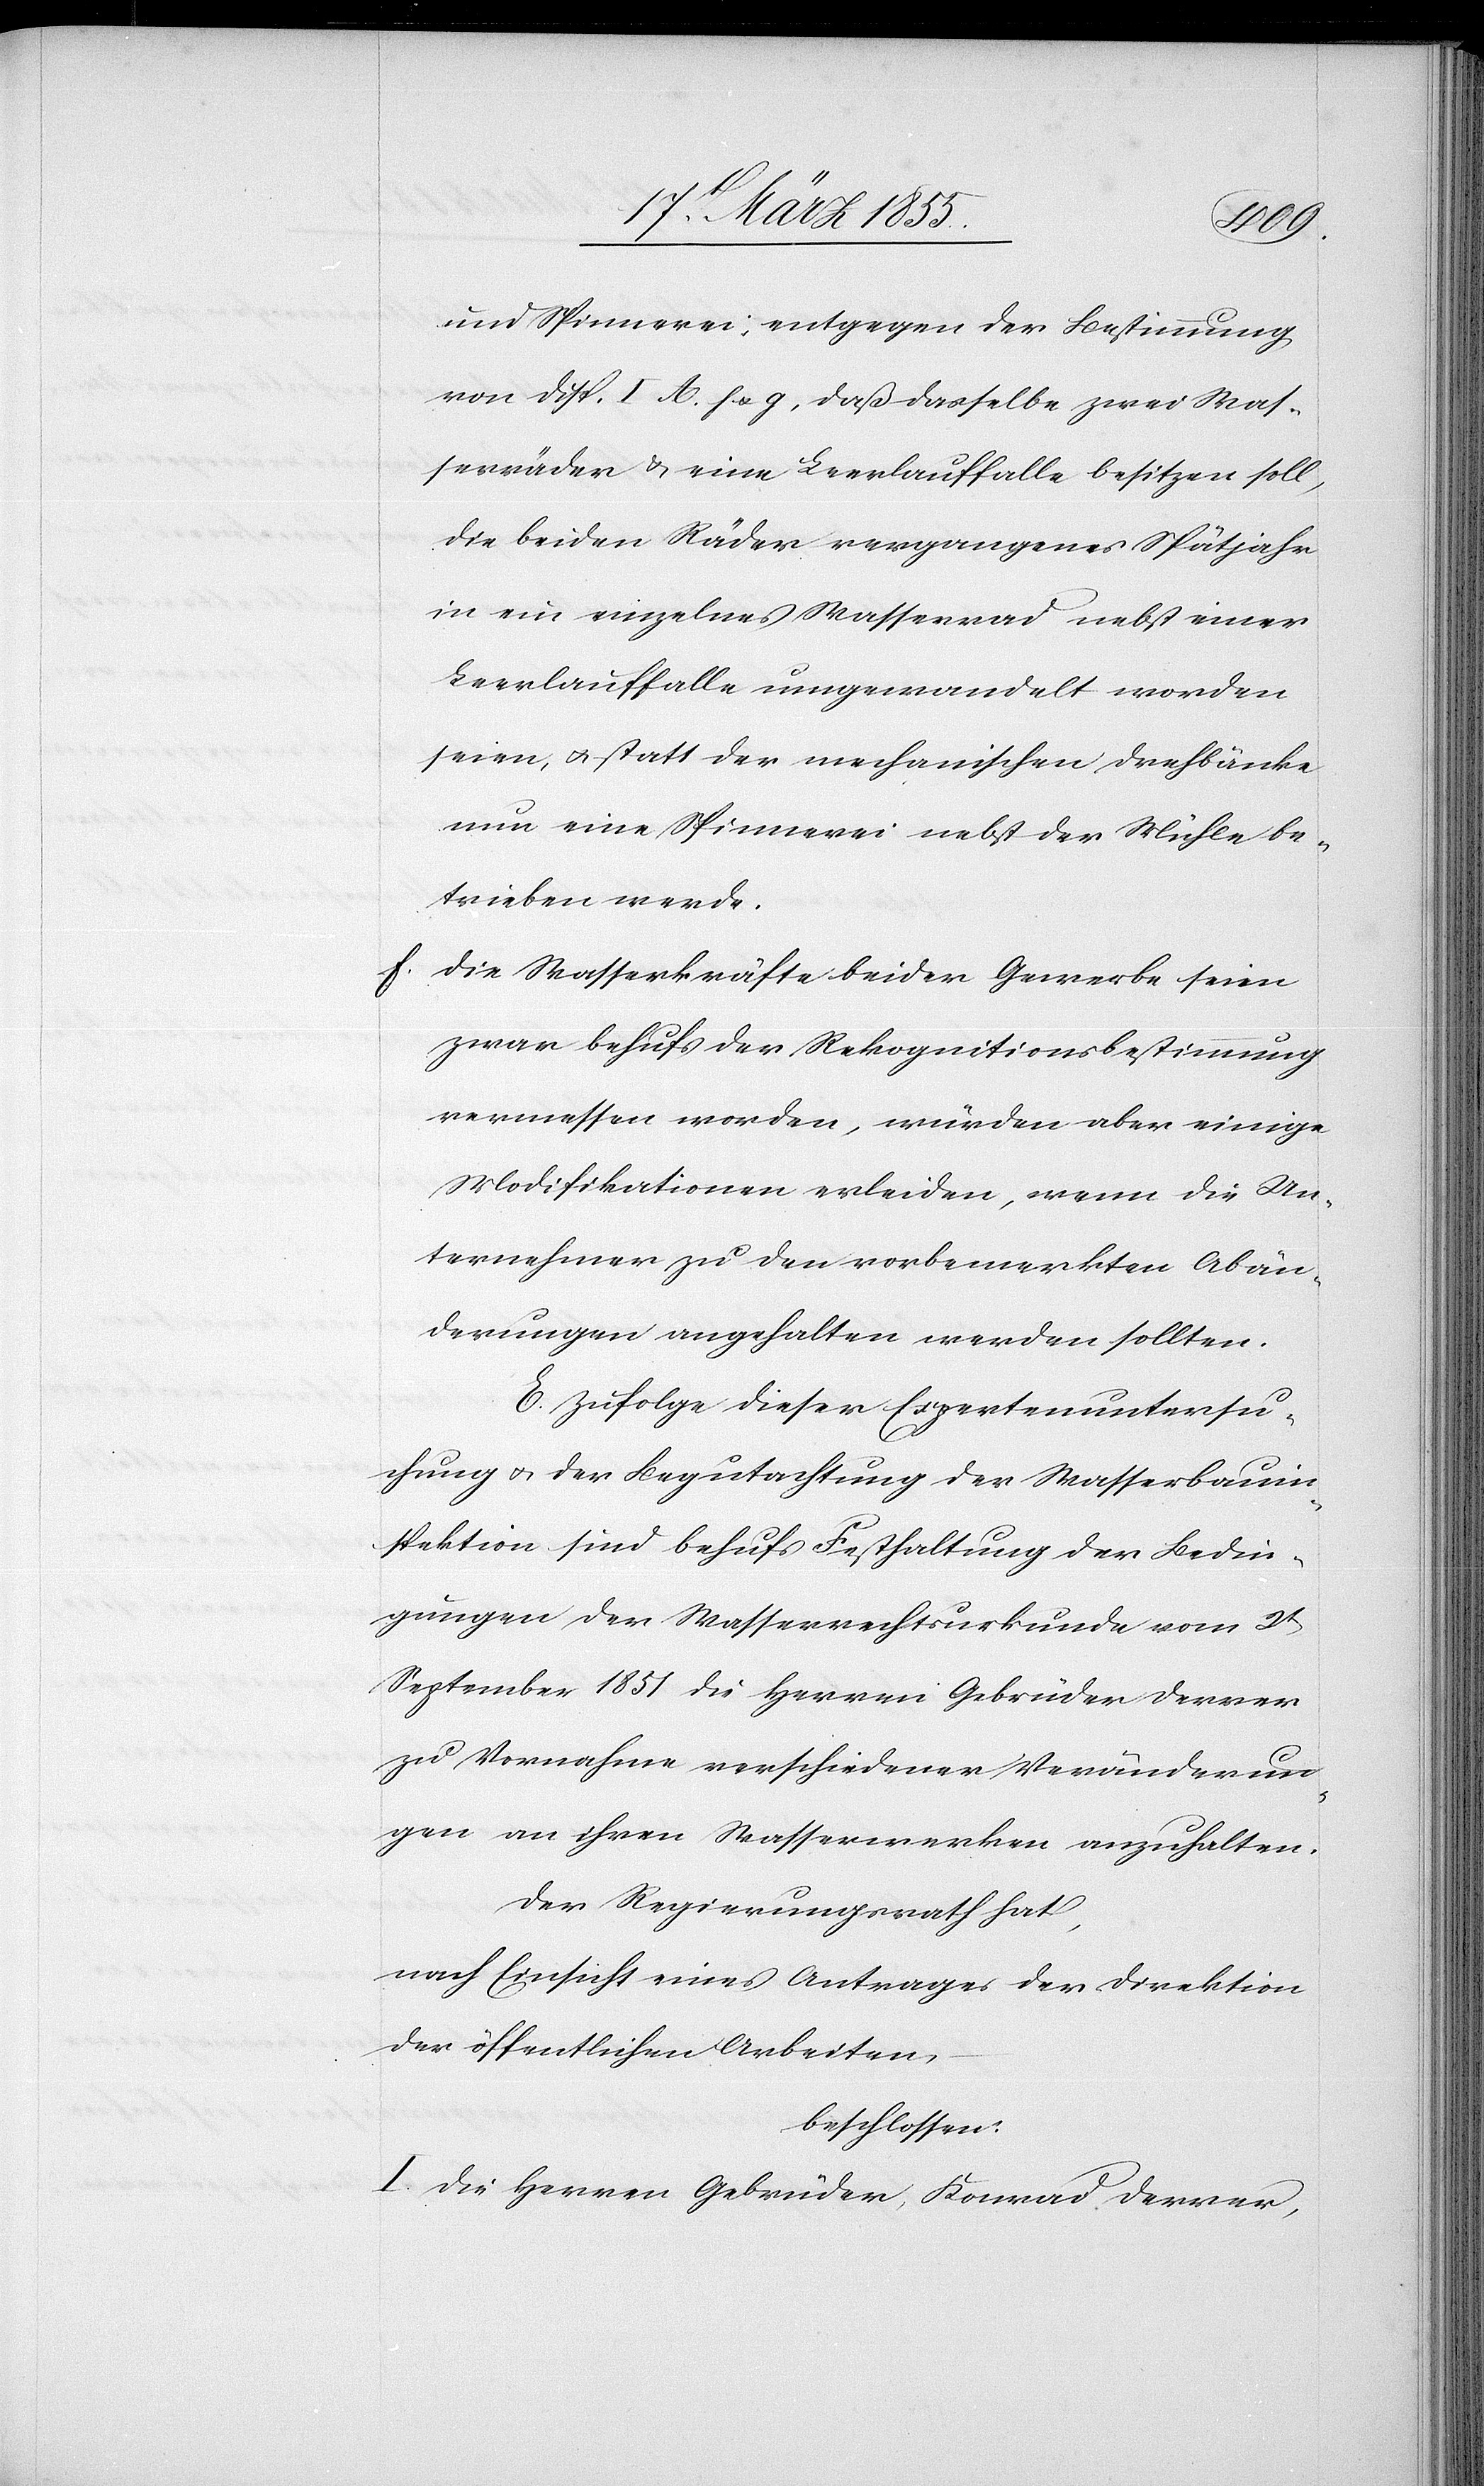
und Spinnerei, entgegen der Bestimmung
von Disp. I A. f & g, daß dasselbe zwei Was¬
serräder & eine Leerlauffalle besitzen soll,
die beiden Räder vergangenes Spätjahr
in ein einzelnes Wasserrad nebst einer
Leerlauffalle umgewandelt worden
seien, & statt der mechanischen Drehbänke
nun eine Spinnerei nebst der Mühle be¬
trieben werde.
die Wasserkräfte beider Gewerbe seien
zwar behufs der Rekognitionsbestimmung
vermessen worden, würden aber einige
Modifikationen erleiden, wenn die Un¬
ternehmer zu den vorbemerkten Abän¬
derungen angehalten werden sollten.
E. Zufolge dieser Expertenuntersu¬
chung & der Begutachtung der Wasserbauin¬
spektion sind behufs Festhaltung der Bedin¬
gungen der Wasserrechtsurkunde vom 2t
September 1851 die Herren Gebrüder Derrer
zu Vornahme verschiedener Veränderun¬
gen an ihren Wasserwerken anzuhalten.
Der Regierungsrath hat,
nach Einsicht eines Antrages der Direktion
der öffentlichen Arbeiten,
beschlossen:
I. Die Herren Gebrüder, Konrad Derrer,